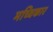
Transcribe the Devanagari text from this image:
मच्विकार